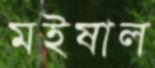
মইষাল